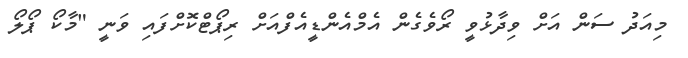
މިއަދު ސަން އަށް ވިދާޅުވީ ރޯވެގެން އެމްއެންޑީއެފްއަށް ރިޕޯޓްކޮށްފައި ވަނީ "މާކޯ ޕޯލޯ